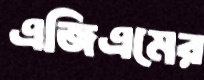
এজিএমের